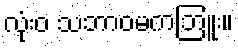
လုံးဝ သဘာဝမကဘြူး။